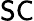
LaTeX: \mathsf{SC}